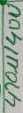
Text: 470u/40V